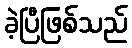
ခဲ့ပြီဖြစ်သည်